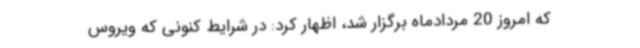
که امروز 20 مردادماه برگزار شد، اظهار کرد: در شرایط کنونی که ویروس